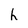
Character: h